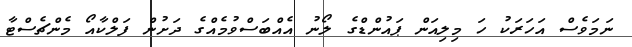
ނަމަވެސް އަހަރަކު ހަ މިލިއަން ޕައުންޑްގެ ލޯނު އެއްބަސްވުމެއްގެ ދަށުން ފަލްކާއޯ މެންޗެސްޓާ